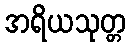
အရိယသုတ္တ